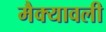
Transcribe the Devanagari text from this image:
मैक्यावली